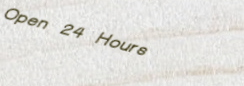
Open 24 Hours